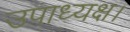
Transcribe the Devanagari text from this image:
उपाध्यक्ष।